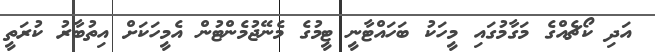
އަދި ކޯޗެއްގެ މަގާމުގައި މީހަކު ބަހައްޓާނީ ޓީމުގެ މެނޭޖުމެންޓުން އެމީހަކަށް އިތުބާރު ކުރަތީ